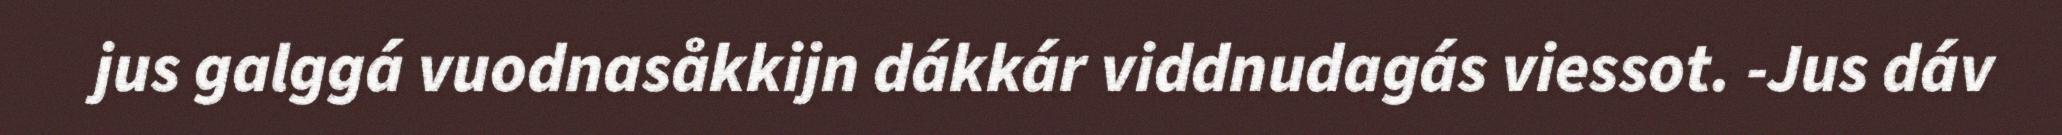
jus galggá vuodnasåkkijn dákkár viddnudagás viessot. -Jus dáv